Indian journal of veterinary science and animal husbandry - Volume 8,
Year: 1938
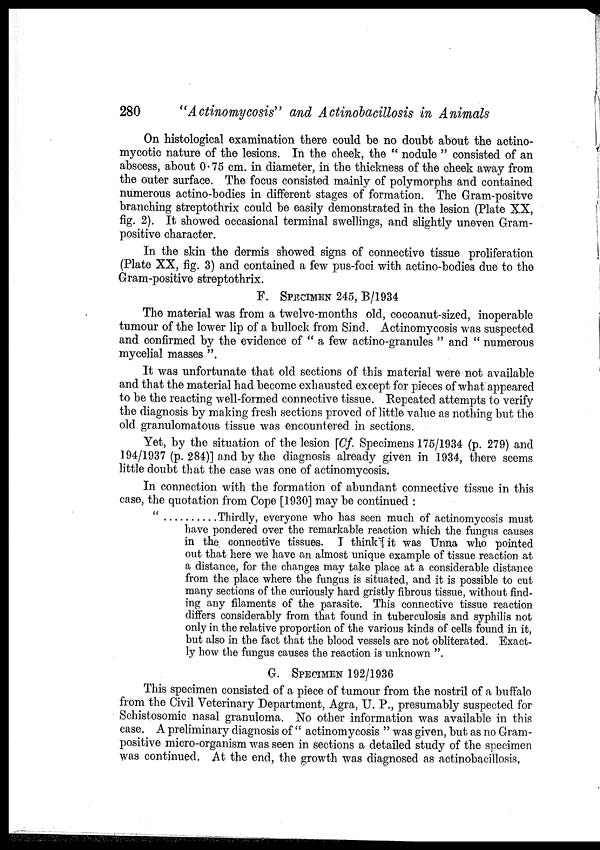
280
"Actinomycosis" and Actinobacillosis in Animals
On histological examination there could be no doubt about the actino-
mycotic nature of the lesions. In the cheek, the " nodule " consisted of an
abscess, about 0.75 cm. in diameter, in the thickness of the cheek away from
the outer surface. The focus consisted mainly of polymorphs and contained
numerous actino-bodies in different stages of formation. The Gram-positve
branching streptothrix could be easily demonstrated in the lesion (Plate XX,
fig. 2). It showed occasional terminal swellings, and slightly uneven Gram-
positive character.
In the skin the dermis showed signs of connective tissue proliferation
(Plate XX, fig. 3) and contained a few pus-foci with actino-bodies due to the
Gram-positive streptothrix.
F. SPECIMEN 245, B/1934
The material was from a twelve-months old, cocoanut-sized, inoperable
tumour of the lower lip of a bullock from Sind. Actinomycosis was suspected
and confirmed by the evidence of " a few actino-granules " and " numerous
mycelial masses ".
It was unfortunate that old sections of this material were not available
and that the material had become exhausted except for pieces of what appeared
to be the reacting well-formed connective tissue. Repeated attempts to verify
the diagnosis by making fresh sections proved of little value as nothing but the
old granulomatous tissue was encountered in sections.
Yet, by the situation of the lesion [Cf. Specimens 175/1934 (p. 279) and
194/1937 (p. 284)] and by the diagnosis already given in 1934, there seems
little doubt that the case was one of actinomycosis.
In connection with the formation of abundant connective tissue in this
case, the quotation from Cope [1930] may be continued :
"
Thirdly, everyone who has seen much of actinomycosis must
have pondered over the remarkable reaction which the fungus causes
in the connective tissues. I think it was Unna who pointed
out that here we have an almost unique example of tissue reaction at
a distance, for the changes may take place at a considerable distance
from the place where the fungus is situated, and it is possible to cut
many sections of the curiously hard gristly fibrous tissue, without find-
ing any filaments of the parasite. This connective tissue reaction
differs considerably from that found in tuberculosis and syphilis not
only in the relative proportion of the various kinds of cells found in it,
but also in the fact that the blood vessels are not obliterated. Exact¬
ly how the fungus causes the reaction is unknown ".
G. SPECIMEN 192/1936
This specimen consisted of a piece of tumour from the nostril of a buffalo
from the Civil Veterinary Department, Agra, U. P., presumably suspected for
Schistosomic nasal granuloma. No other information was available in this
case. A preliminary diagnosis of " actinomycosis " was given, but as no Gram-
positive micro-organism was seen in sections a detailed study of the specimen
was continued. At the end, the growth was diagnosed as actinobacillosis.